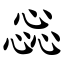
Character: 惢